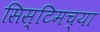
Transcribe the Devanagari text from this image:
सिस्टिमच्या